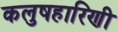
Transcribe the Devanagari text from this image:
कलुषहारिणी